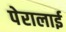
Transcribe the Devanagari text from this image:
पेरालाई